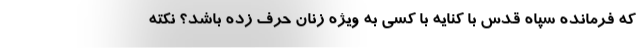
که فرمانده سپاه قدس با کنایه با کسی به ویژه زنان حرف زده باشد؟ نکته